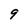
Character: 9